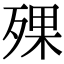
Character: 𣨪